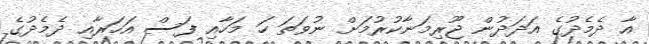
އާ ދެމެދުގެ އަދަދުން ޖޫރިމަނާކުރުމަށް ނުވަތަ ހަ މަހާއި ފަސް އަހަރާއި ދެމެދުގެ